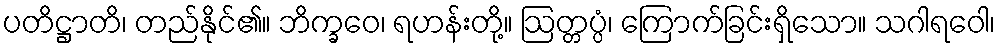
ပတိဋ္ဌာတိ၊ တည်နိုင်၏။ ဘိက္ခဝေ၊ ရဟန်းတို့။ ဩတ္တပ္ပံ၊ ကြောက်ခြင်းရှိသော။ သဂါရဝေါ၊